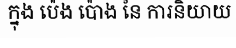
ក្នុង ប៉េង ប៉ោង នៃ ការនិយាយ